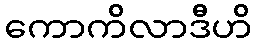
ကောကိလာဒီဟိ